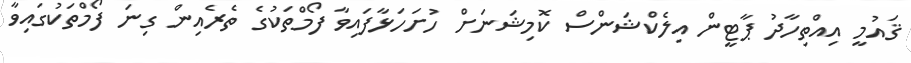
ޤައުމީ އިއްތިހާދު ޕާޓީން އިލެކްޝަންސް ކޮމިޝަނަށް ހުށަހަޅާފައިވާ ފޯމްތަކުގެ ތެރެއިން ގިނަ ފޯމްތަކުގައިވާ